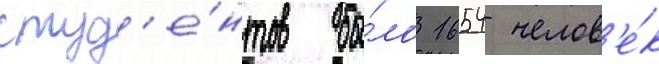
студ'е́нтов бы́ло 1654 челов'е́к